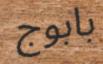
بابوج